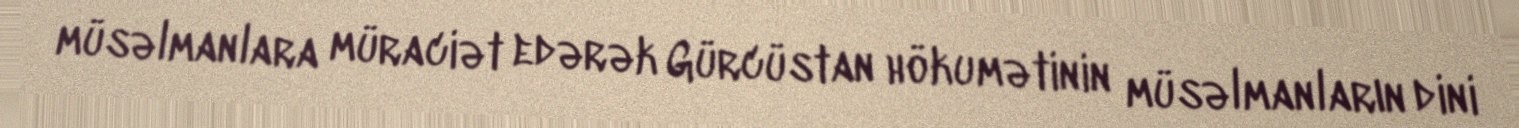
müsəlmanlara müraciət edərək Gürcüstan hökumətinin müsəlmanların dini